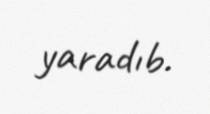
yaradıb.